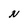
Character: N